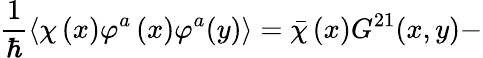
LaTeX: \frac{1}{\hbar}\left\langle\chi\left(x\right)\varphi^{a}\left(x\right)\varphi^{a}(y)\right\rangle=\bar{\chi}\left(x\right)G^{21}(x,y)-